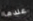
عندما